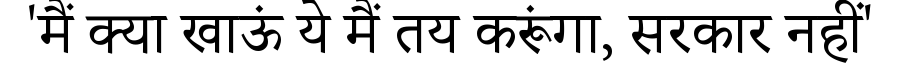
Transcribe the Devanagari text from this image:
'मैं क्या खाऊं ये मैं तय करूंगा, सरकार नहीं'